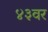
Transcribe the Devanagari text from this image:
४३वर